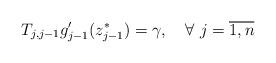
LaTeX: \begin{align*} T_{j,j-1}g_{j-1}^{\prime }(z_{j-1}^\ast)=\gamma,\quad\forall~j=\overline{1,n}\end{align*}